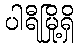
ပါရီမြို့ရှိ